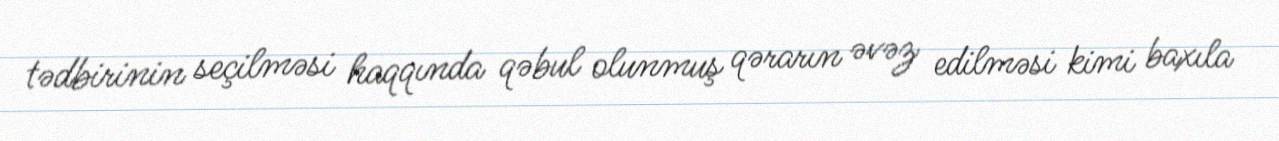
tədbirinin seçilməsi haqqında qəbul olunmuş qərarın əvəz edilməsi kimi baxıla